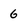
Character: 6